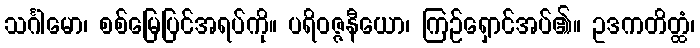
သင်္ဂါမော၊ စစ်မြေပြင်အရပ်ကို။ ပရိဝဇ္ဇနီယော၊ ကြဉ်ရှောင်အပ်၏။ ဥဒကတိတ္ထံ၊